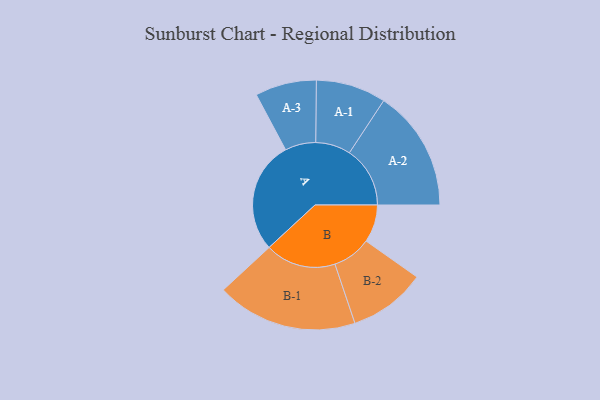
{"axis": {"x": "Segment", "y": "Value"}, "legend": ["", "A", "B"], "data": [{"x": "A", "y": 464, "type": ""}, {"x": "B", "y": 156, "type": ""}, {"x": "A-1", "y": 145, "type": "A"}, {"x": "A-2", "y": 251, "type": "A"}, {"x": "A-3", "y": 127, "type": "A"}, {"x": "B-1", "y": 292, "type": "B"}, {"x": "B-2", "y": 160, "type": "B"}]}